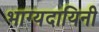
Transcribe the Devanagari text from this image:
भाग्यदायिनी